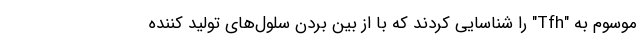
موسوم به "Tfh" را شناسایی کردند که با از بین بردن سلول‌های تولید کننده